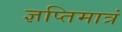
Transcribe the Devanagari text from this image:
ज्ञप्तिमात्रं